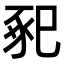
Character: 𢁁